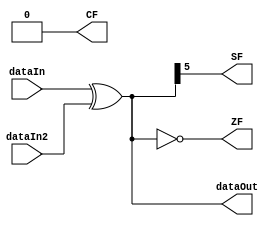
module xorOperation(
    input [5:0] dataIn,
    input [5:0] dataIn2,
    output [5:0] dataOut,
    output CF,
    output ZF,
    output SF
);
assign dataOut = dataIn ^ dataIn2;
assign CF = 1'b0;
assign ZF = (dataOut == 0);
assign SF = dataOut[5];
endmodule